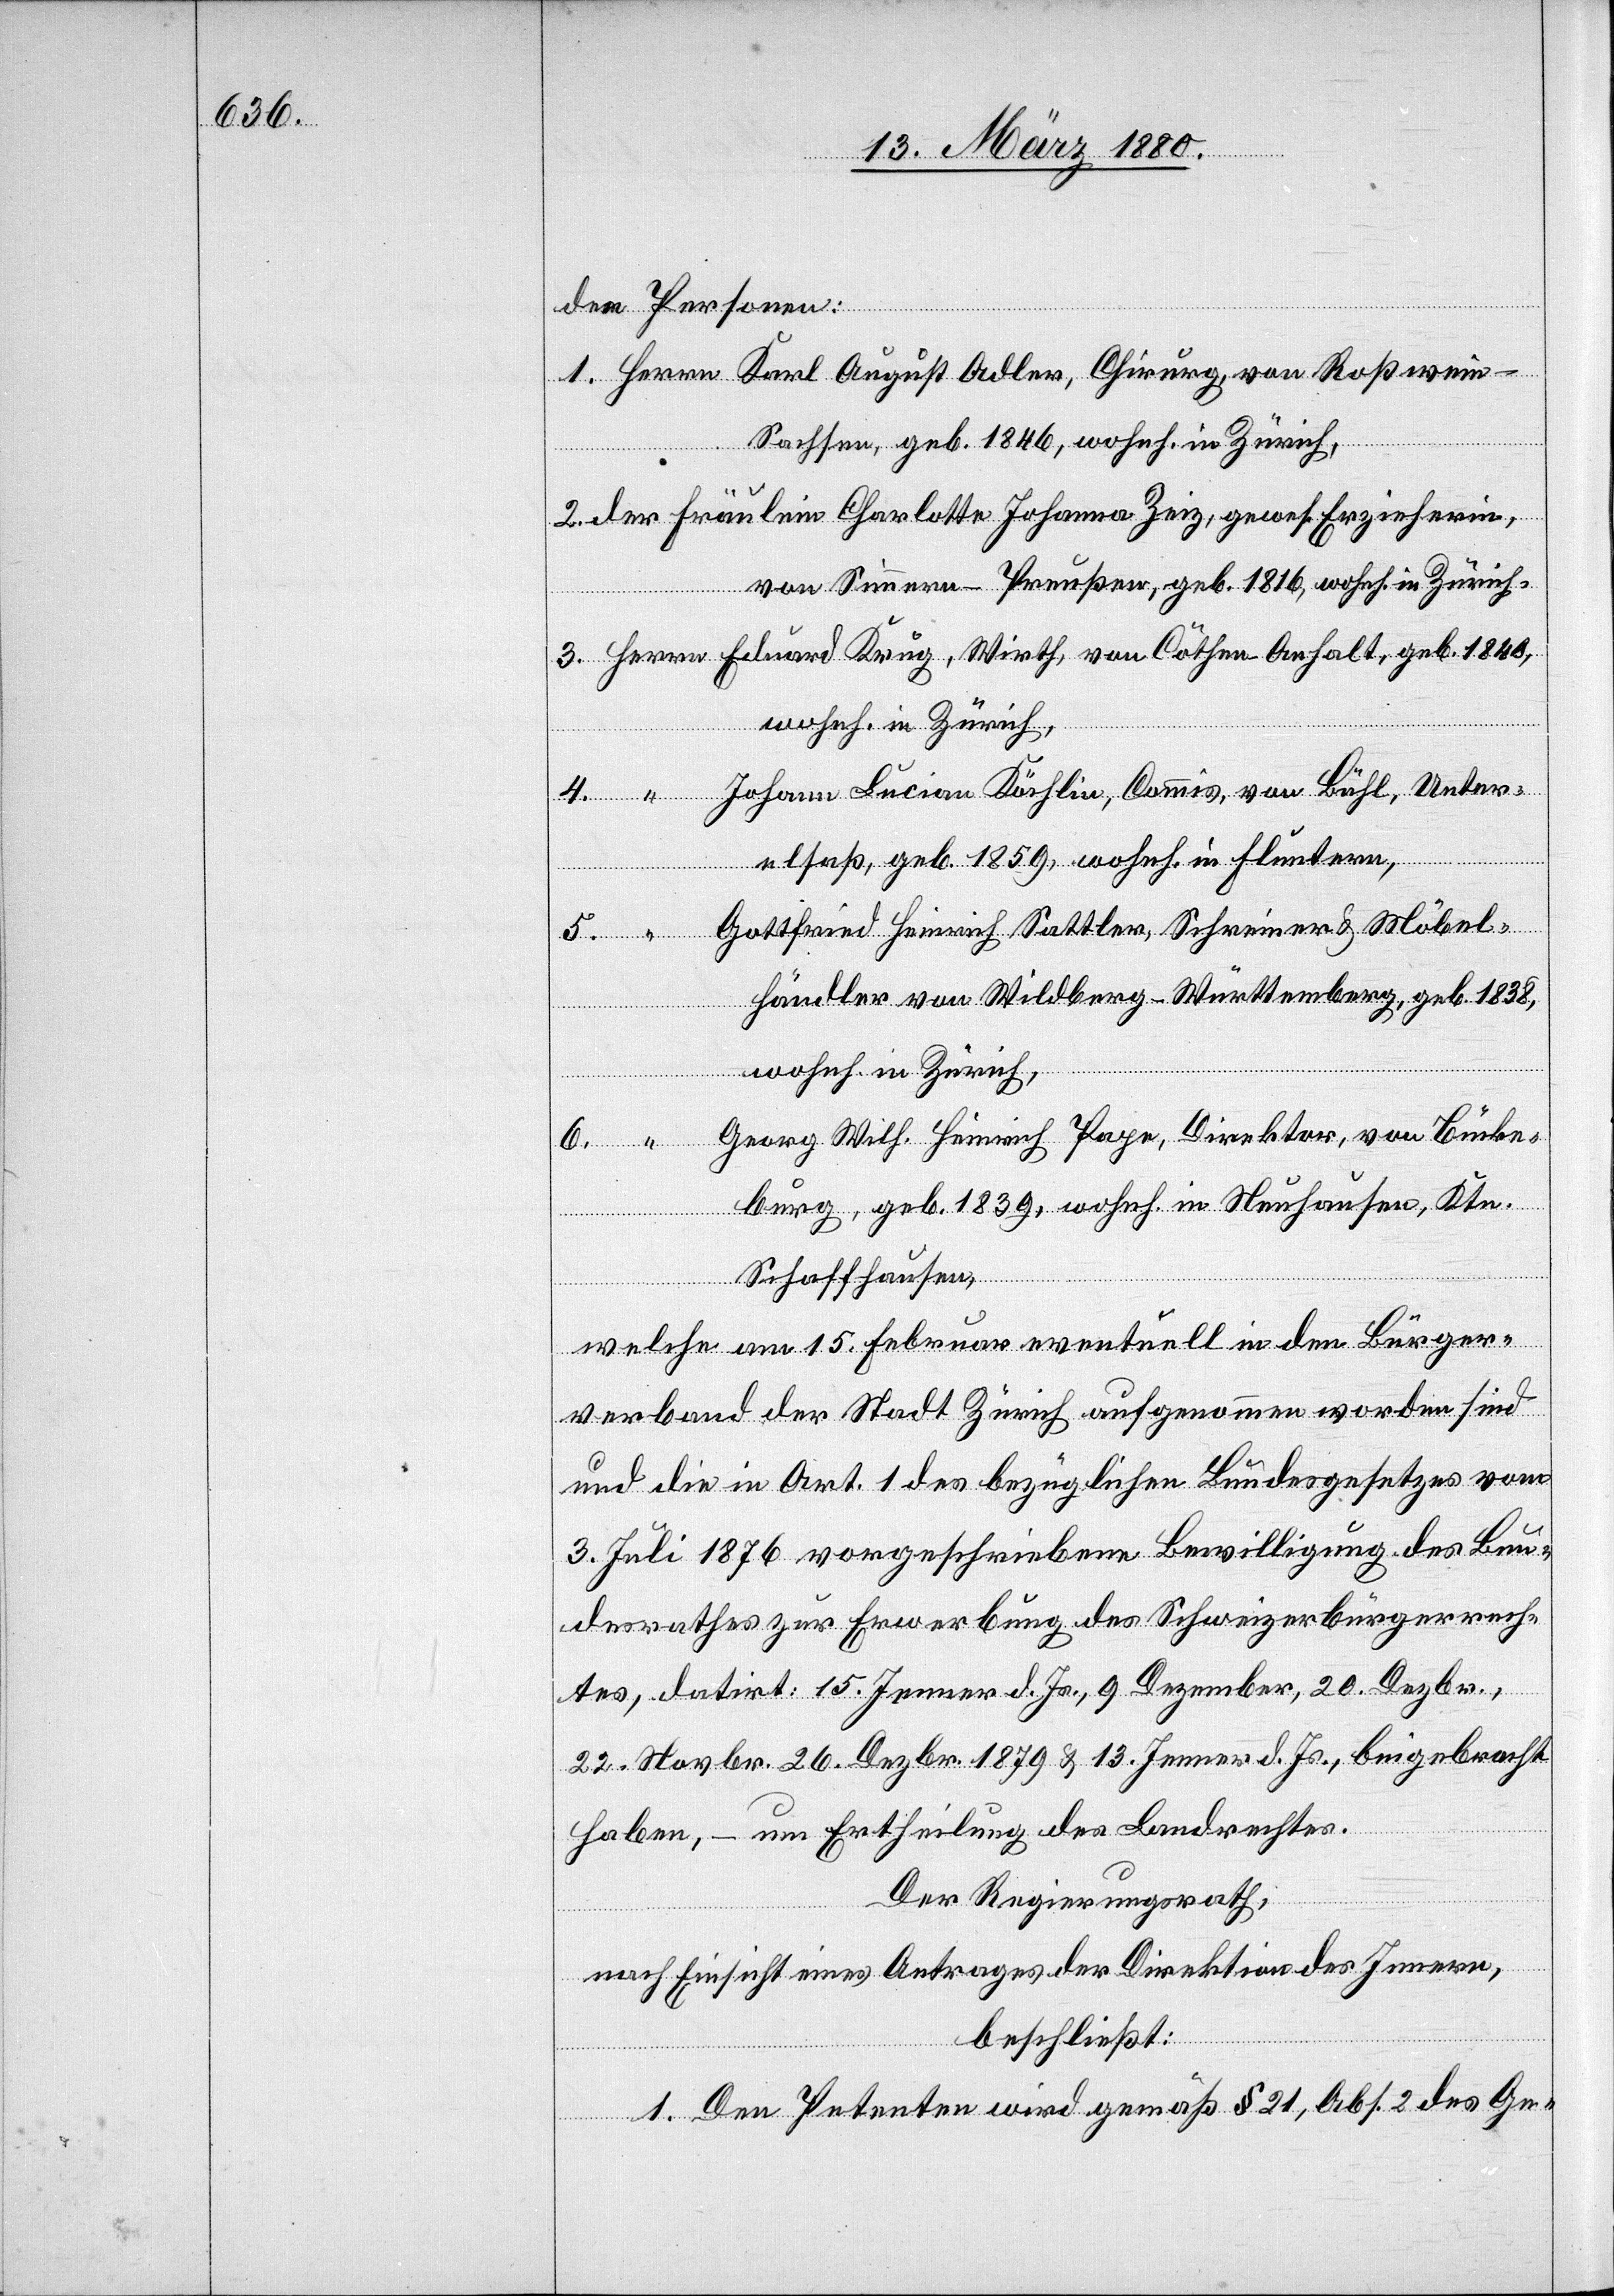
1840,

Herrn
den Personen:
Sachsen, geb. 1846, wohnh. in Zürich,
der Fräulein Charlotte Johanna Zeiz, gewes. Erzieherin,
von Simmern - Preußen, geb. 1816, wohnh. in Zürich.
Cöthen -
Johann Lucian Köchlin, Comis, von Bühl, Unter¬
elsaß, geb. 1859, wohnh. in Fluntern,
Gottfried Heinrich Sattler, Schreiner & Möbel¬
händler von Wildberg - Württemberg, geb. 1838,
wohnh. in Zürich,
Georg Wilh. Heinrich Paye, Direktor, von Bück¬
burg, geb. 1839, wohnh. in Neuhausen, Ktn.
5.
Schaffhausen,
welche am 15. Februar eventuell in den Bürger¬
verband der Stadt Zürich aufgenommen worden sind
und die in Art. 1 des bezüglichen Bundesgesetzes vom
3. Juli 1876 vorgeschriebene Bewilligung des Bun¬
desrathes zur Erwerbung des Schweizerbürgerrech¬
tes, datirt: 15. Jenner d. Js., 9. Dezember, 20. Dezbr.,
22. Novbr. 26. Dezbr. 1879 & 13. Jenner d. Js., beigebracht
haben, – um Ertheilung des Landrechtes.
Der Regierungsrath,
nach Einsicht eines Antrages der Direktion des Innern,
beschließt:
1. Den Petenten wird gemäß § 21, Abs. 2 des Ge-